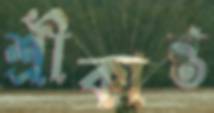
শ্রীকান্ত